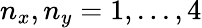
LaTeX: n_{x},n_{y}=1,...,4